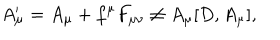
LaTeX: A _ { \mu } ^ { \prime } = A _ { \mu } + f ^ { \mu } F _ { \mu \nu } \not = A _ { \mu } [ D , A _ { \mu } ] ,